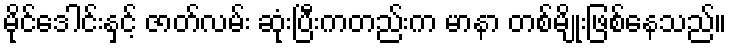
မိုင်ဒေါင်းနှင့် ဇာတ်လမ်း ဆုံးပြီးကတည်းက မာနာ တစ်မျိုးဖြစ်နေသည်။